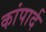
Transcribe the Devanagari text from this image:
कांपार्द